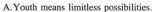
A. Youth means Limitless possibilities